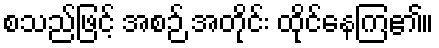
စသည်ဖြင့် အစဉ် အတိုင်း ထိုင်နေကြ၏။